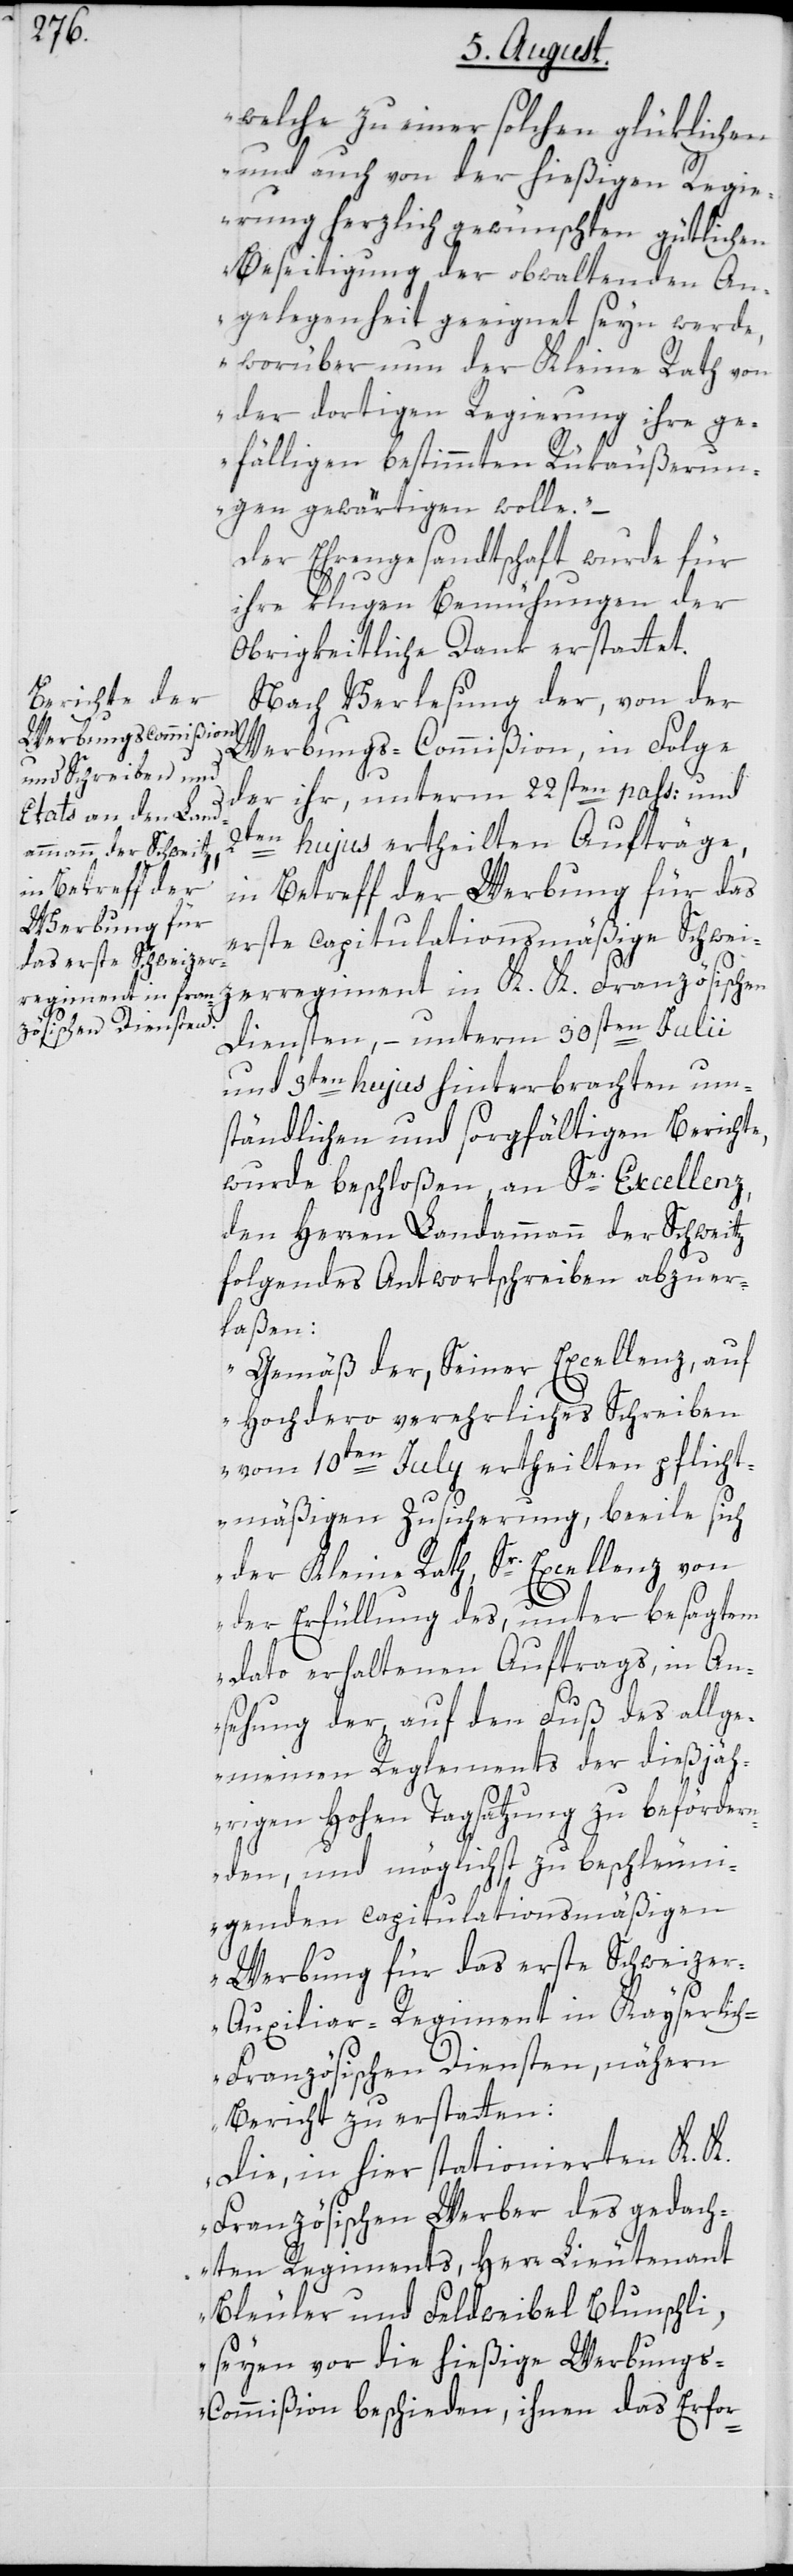
Werbung für
das erste Schweize¬

welche zu einer solchen glüklichen
und auch von der hießigen Regi¬
erung herzlich gewünschten gütlichen
Beseitigung der obwaltenden An¬
gelegenheit geeignet seyn werde,
worüber nun der Kleine Rath von
der dortigen Regierung ihre ge¬
fälligen bestimmten Rükäußerun¬
gen gewärtigen wolle.“
Der Ehrengesandtschaft wurde für
ihre klugen Bemühungen der
Obrigkeitliche Dank erstattet.
Nach Verlesung der, von der
Werbungs-Commißion, in Folge
der ihr, unterm 22sten pass: und
2ten hujus ertheilten Aufträge,
in Betreff der Werbung für das
erste capitulationsmäßige Schweiz¬
erregiment im K. K. Französischen
Diensten, – unterm 30sten Julii
und 3ten hujus hinterbrachten um¬
ständlichen und sorgfältigen Berichte,
wurde beschloßen, an Se. Excellenz,
den Herren Landammann der Schweitz
folgendes Antwortschreiben abzuer¬
laßen:
„Gemäß der, Seiner Excellenz, auf
Hochdero verehrliches Schreiben
vom 10ten July ertheilten pflicht¬
mäßigen Zusicherung, beeile sich
der Kleine Rath, Sr. Excellenz von
der Erfüllung des, unter besagtem
Dato erhaltenen Auftrags, in An¬
sehung der auf den Fuß des allge¬
meinen Reglements der dießjäh¬
rigen hohen Tagsatzung zu befördern¬
den, und mit möglichst zu beschleun¬
igenden capitulationsmäßigen
r-Auxiliar-Regiment in Kayserlic¬
h-Französischen Diensten, nähern
Bericht zu erstatten:
Die, in hier stationierten K. K.
Französischen Werber des gedach¬
ten Regiments, Herr Lieutenant
Bleuler und Feldweibel Blunschli,
seyen vor die hießige Werbung¬
s-Commißion beschieden, ihnen das Erfor-